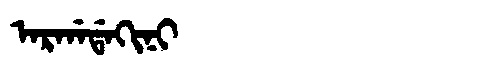
Manchu: ᠠᡵᡤᠠᡩᠠᡴᡳᠨᡳ
Romanization: ARGADAKINI